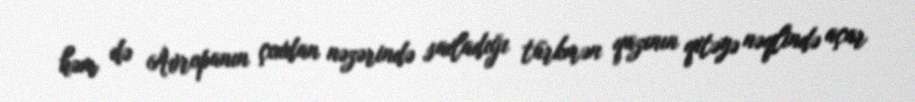
həm də Avropanın çoxdan nəzərində saxladığı türkmən qazının qitəyə nəqlində açar